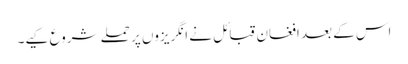
اس کے بعد افغان قبائل نے انگریزوں پر حملے شروع کیے۔